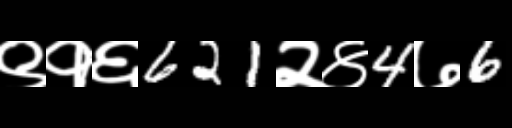
Text: ९१६621२४4७6